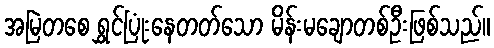
အမြဲတစေ ရွှင်ပြုံးနေတတ်သော မိန်းမချောတစ်ဦးဖြစ်သည်။